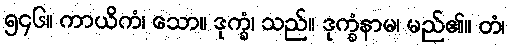
၅၄၆။ ကာယိကံ၊ သော။ ဒုက္ခံ၊ သည်။ ဒုက္ခံနာမ၊ မည်၏။ တံ၊